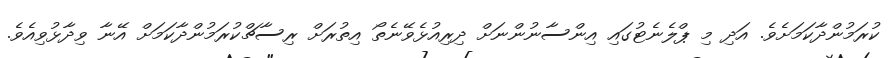
ކުރަމުންދާކަމަށެވެ. އަދި މި ޕްލެނެޓުގައި އިންސާނުންނަށް ދިރިއުޅެވޭނެތޯ އިތުރަށް ރިސާޗްކުރަމުންދާކަމަށް އޭނާ ވިދާޅުވިއެވެ.